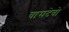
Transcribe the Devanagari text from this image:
वासदेवो